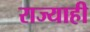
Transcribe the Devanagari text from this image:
राज्याही